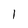
Character: l